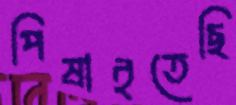
পিষাইতেছি